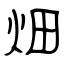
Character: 畑